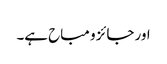
اور جائز و مباح ہے۔